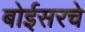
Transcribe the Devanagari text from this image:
बोईसरचे